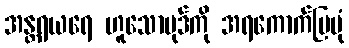
အန္တရယရေ ဟူသောပုဒ်ကို အရကောက်ပြပုံ